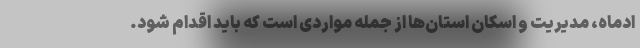
ادماه، مدیریت و اسکان استان‌ها از جمله مواردی است که باید اقدام شود.